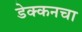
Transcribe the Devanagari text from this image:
डेक्कनचा